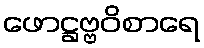
ဖောဋ္ဌဗ္ဗဝိစာရေ